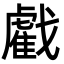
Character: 𢨘